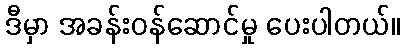
ဒီမှာ အခန်းဝန်ဆောင်မှု ပေးပါတယ်။